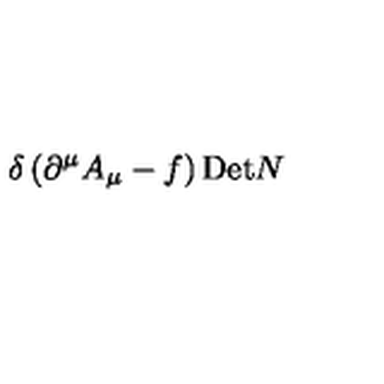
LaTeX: \delta \left( \partial ^ { \mu } A _ { \mu } - f \right) \mathrm { D e t } N